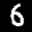
Label: 6